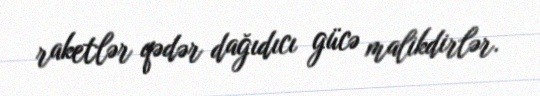
raketlər qədər dağıdıcı gücə malikdirlər.